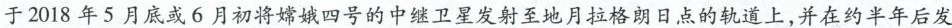
于2018年5月底或6月初将嫦娥四号的中继卫星发射至地月拉格朗日点的轨道上，并在约半年后发